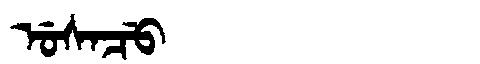
Manchu: ᡠᠰᠠᠴᡠ
Romanization: USACU